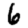
Digit: 6